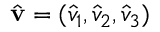
\hat { \bf v } = ( \hat { v } _ { 1 } , \hat { v } _ { 2 } , \hat { v } _ { 3 } )